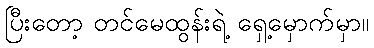
ပြီးတော့ တင်မေထွန်းရဲ့ ရှေ့မှောက်မှာ။